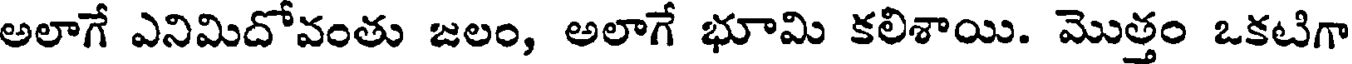
అలాగే ఎనిమిదోవంతు జలం, అలాగే భూమి కలిశాయి. మొత్తం ఒకటిగా